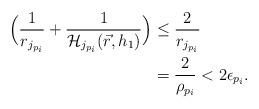
LaTeX: \begin{align*}\Big( \frac{1}{r_{j_{p_i}}} + \frac{1}{\mathcal{H}_{j_{p_i}}(\vec{r},h_1)} \Big) &\leq \frac{2}{r_{j_{p_i}}} \\ &= \frac{2}{\rho_{p_i}} < 2\epsilon_{p_i} . \end{align*}